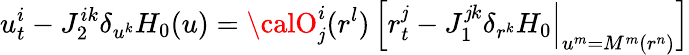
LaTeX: u_{t}^{i}-J_{2}^{ik}\delta_{u^{k}}H_{0}(u)={\calO}_{\mathit{j}}^{i}(r^{l})\, \Big[r_{t}^{\mathit{j}}-J_{1}^{\mathit{j}k}\delta_{r^{k}}H_{0}\Big|_{u^{m}=M^{m}(r^{n})}\Big]